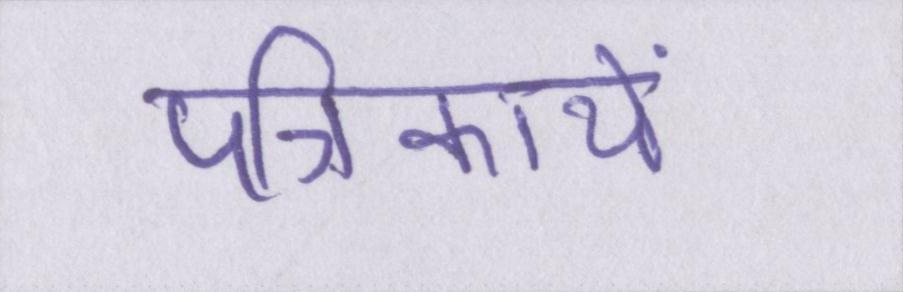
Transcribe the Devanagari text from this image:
पत्रिकायें